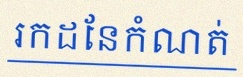
រកដែនកំណត់